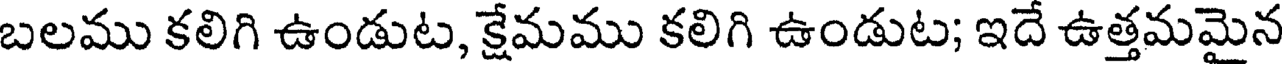
బలము కలిగి ఉండుట, క్షేమము కలిగి ఉండుట; ఇదే ఉత్తమమైన